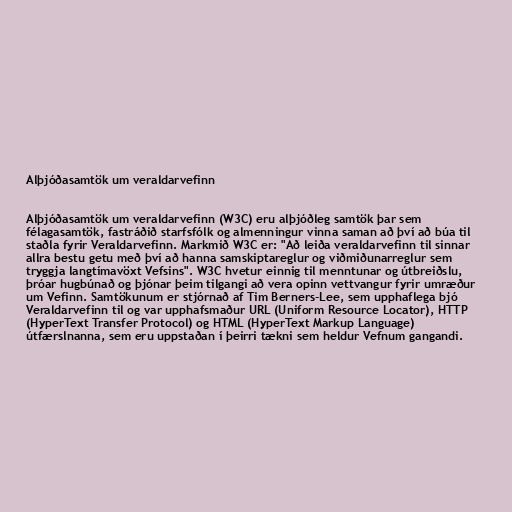
Alþjóðasamtök um veraldarvefinn

Alþjóðasamtök um veraldarvefinn (W3C) eru alþjóðleg samtök þar sem
félagasamtök, fastráðið starfsfólk og almenningur vinna saman að því að búa til
staðla fyrir Veraldarvefinn. Markmið W3C er: "Að leiða veraldarvefinn til sinnar
allra bestu getu með því að hanna samskiptareglur og viðmiðunarreglur sem
tryggja langtímavöxt Vefsins". W3C hvetur einnig til menntunar og útbreiðslu,
þróar hugbúnað og þjónar þeim tilgangi að vera opinn vettvangur fyrir umræður
um Vefinn. Samtökunum er stjórnað af Tim Berners-Lee, sem upphaflega bjó
Veraldarvefinn til og var upphafsmaður URL (Uniform Resource Locator), HTTP
(HyperText Transfer Protocol) og HTML (HyperText Markup Language)
útfærslnanna, sem eru uppstaðan í þeirri tækni sem heldur Vefnum gangandi.